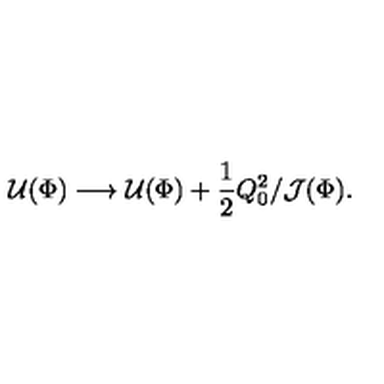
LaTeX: { \cal U } ( \Phi ) \longrightarrow { \cal U } ( \Phi ) + { \frac { 1 } { 2 } } Q _ { 0 } ^ { 2 } / { \cal J } ( \Phi ) .